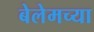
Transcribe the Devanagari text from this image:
बेलेमच्या